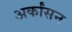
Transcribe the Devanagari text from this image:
अर्कांसन